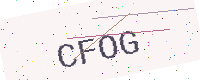
Text: CFOG